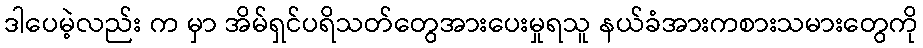
ဒါပေမဲ့လည်း က မှာ အိမ်ရှင်ပရိသတ်တွေအားပေးမှုရသူ နယ်ခံအားကစားသမားတွေကို